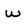
Character: w